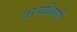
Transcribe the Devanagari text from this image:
वरयक्षिणी